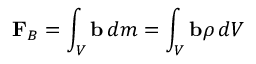
\mathbf { F } _ { B } = \int _ { V } \mathbf { b } \, d m = \int _ { V } \mathbf { b } \rho \, d V